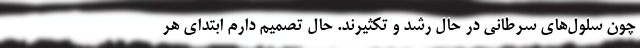
چون سلول‌های سرطانی در حال رشد و تکثیرند. حال تصمیم دارم ابتدای هر